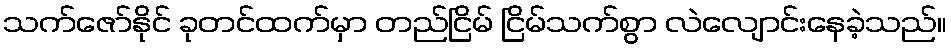
သက်ဇော်နိုင် ခုတင်ထက်မှာ တည်ငြိမ် ငြိမ်သက်စွာ လဲလျောင်းနေခဲ့သည်။